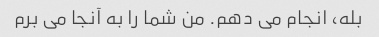
بله، انجام می دهم. من شما را به آنجا می برم